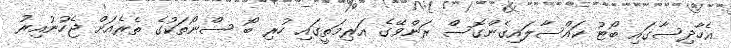
އެހާދިސާގައި ބޯޓު ކައްސާލައިގެންގޮސް ރަންވޭގެ އަރިމަތީގައި ހުރި ބޯ ސްނޯތަކުގެ ތެރެއަށް ޖެހުނުއިރު